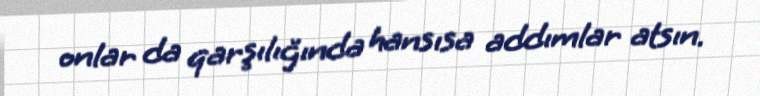
onlar da qarşılığında hansısa addımlar atsın.